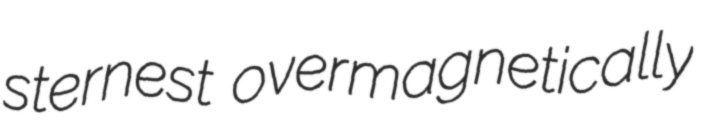
sternest overmagnetically